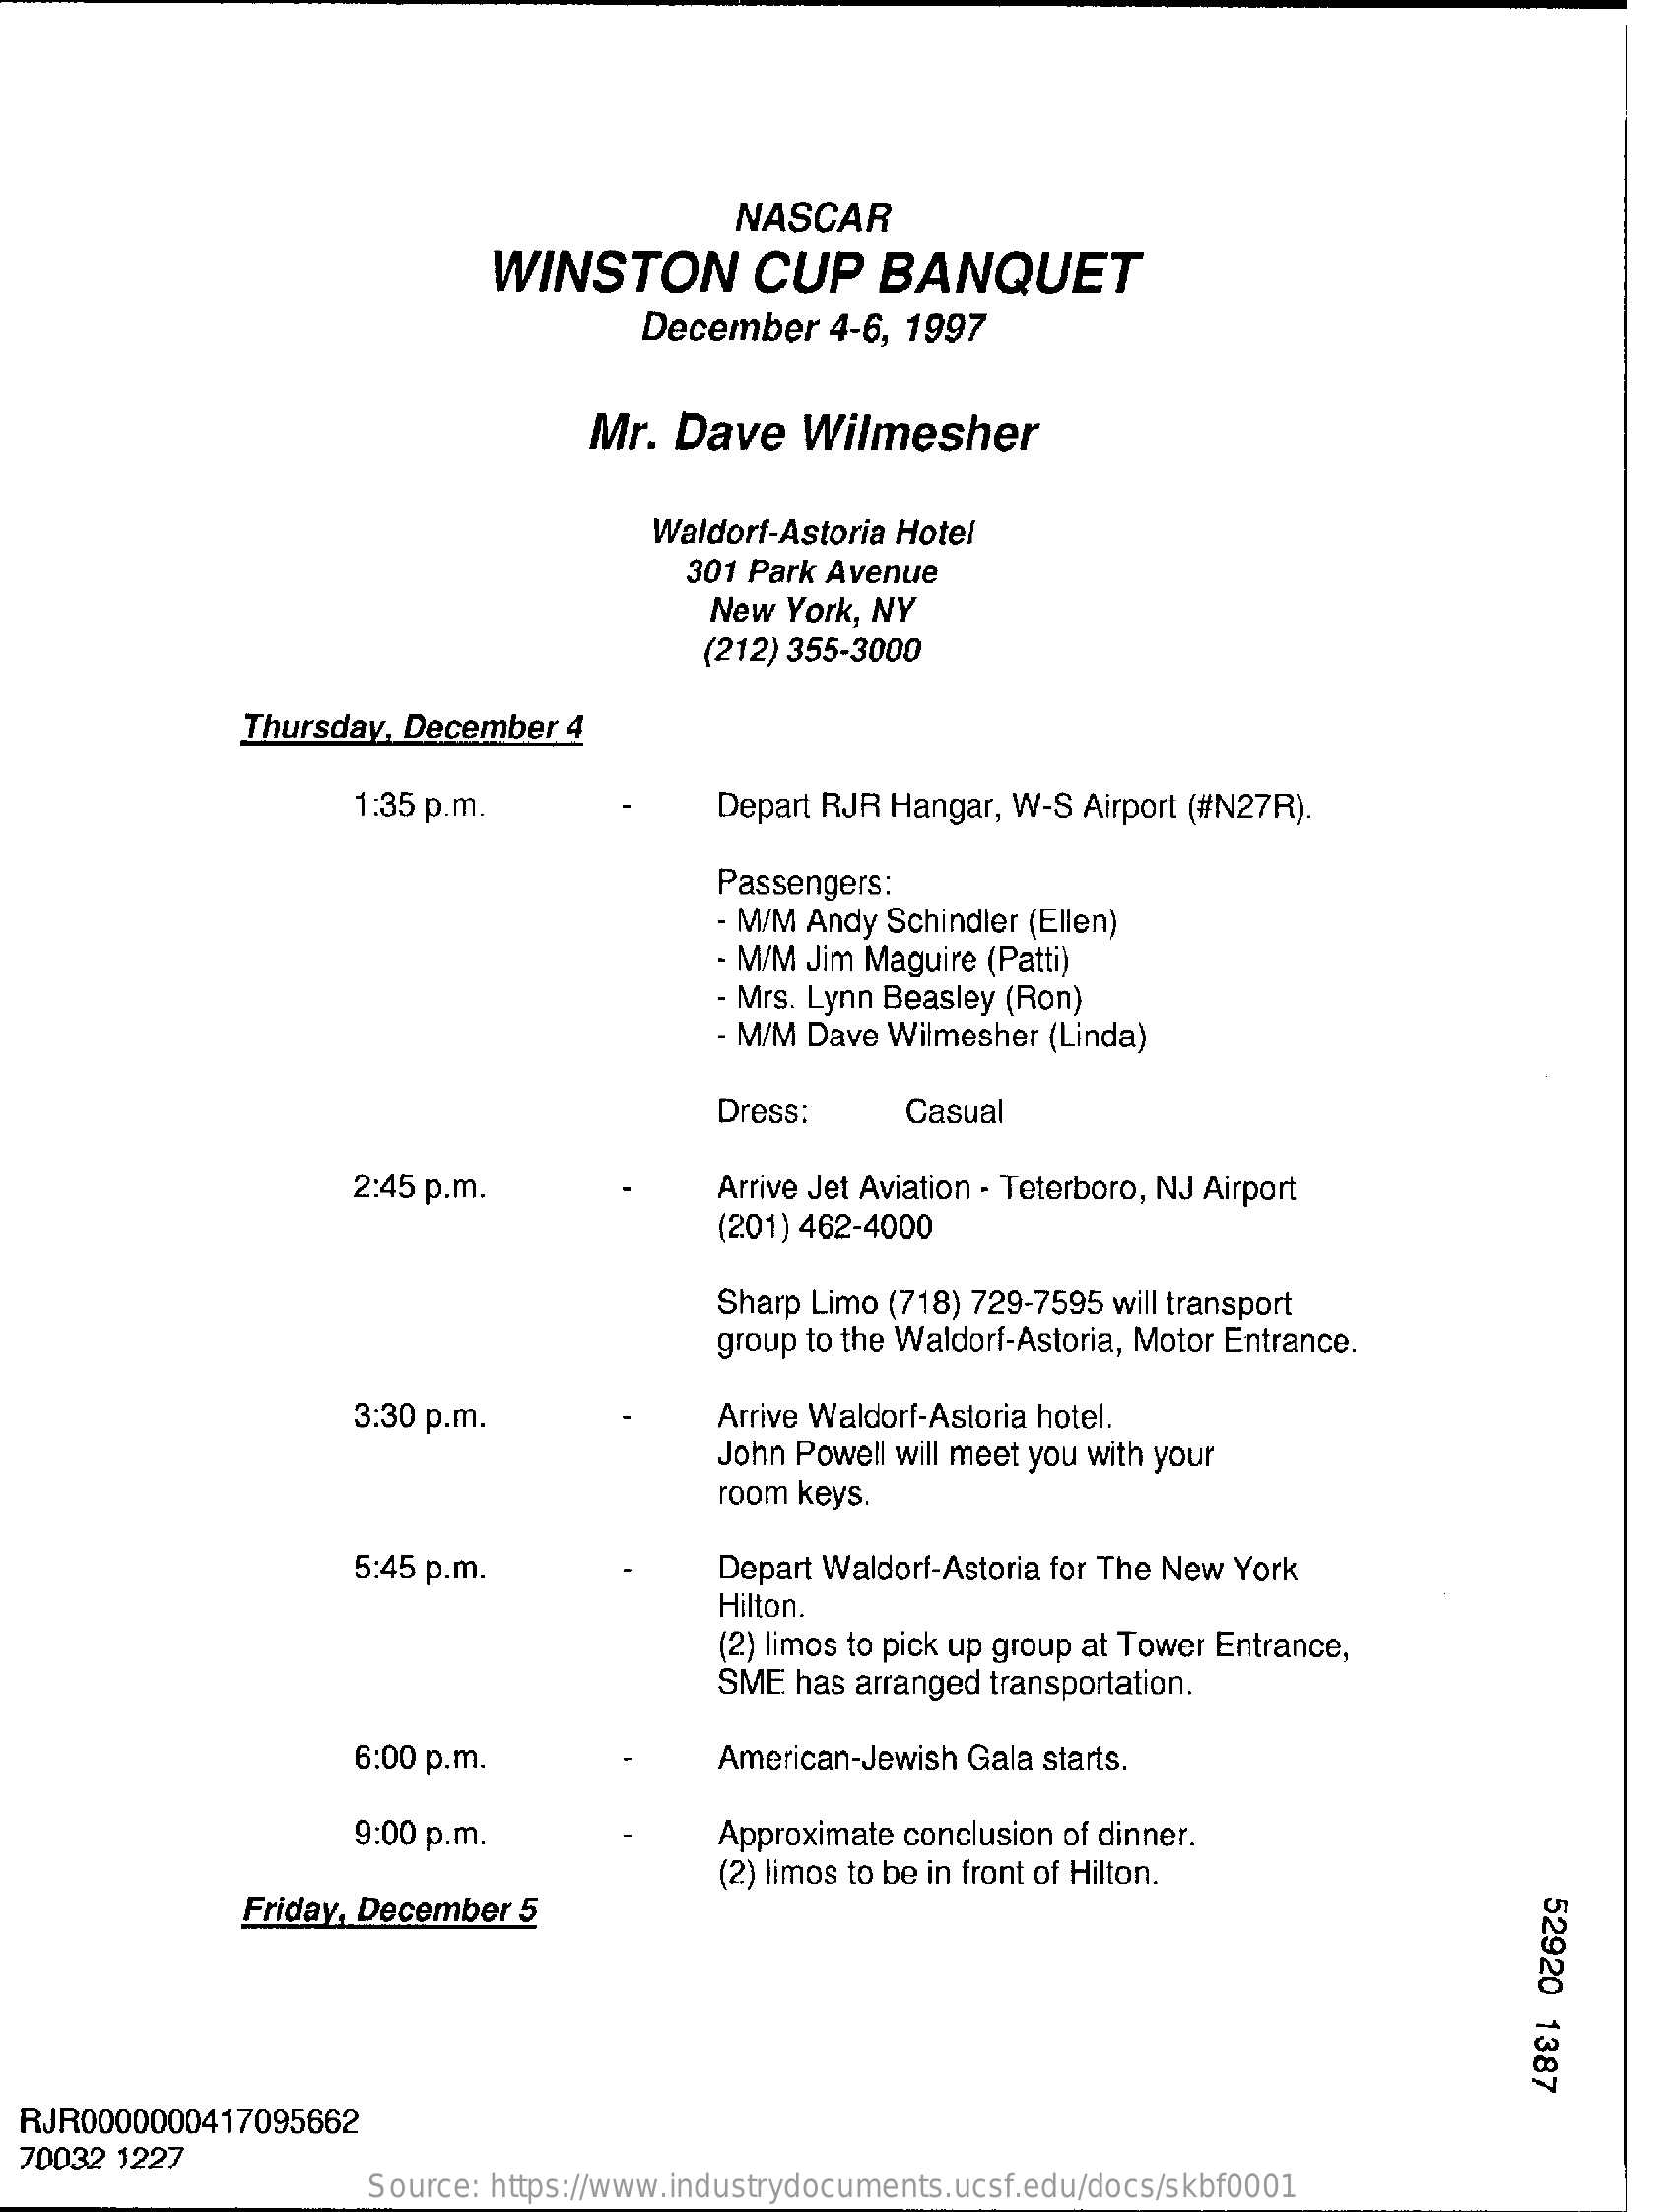
NASCAR
     WINSTON    CUP    BANQUET
     December    4-6, 1997
     Mr.  Dave    Wilmesher
     Waldorf-Astoria Hotel
     301 Park Avenue
     New York, NY
     (212) 355-3000
     Thursday, December  4
     1:35 p.m.    Depart RJR Hangar, W-S Airport (#N27R).
     Passengers:
     - M/M Andy Schindler (Ellen)
     - M/M Jim Maguire (Patti)
     - Mrs. Lynn Beasley (Ron)
     - M/M Dave Wilmesher (Linda)
     Dress:    Casual
     2:45 p.m.    Arrive Jet Aviation - Teterboro, NJ Airport
     (201) 462-4000
     Sharp Limo (718) 729-7595 will transport
     group to the Waldorf-Astoria, Motor Entrance.
     3:30 p.m.    Arrive Waldorf-Astoria hotel.
     John Powell will meet you with your
     room keys.
     5:45 p.m.    Depart Waldorf-Astoria for The New York
     Hilton.
     (2) limos to pick up group at Tower Entrance,
     SME  has arranged transportation.
     6:00 p.m.    American-Jewish Gala starts.
     9:00 p.m.    Approximate conclusion of dinner.
     Friday, December  5
     (2) limos to be in front of Hilton.
     52920
     1387
  RJR0000000417095662
  70032 1227
     Source: https://www.industrydocuments.ucsf.edu/docs/skbf0001